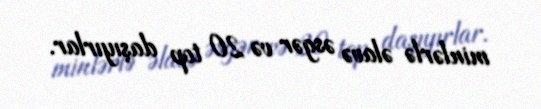
minlərlə əlavə əsgər və 20 top daşıyırlar.